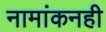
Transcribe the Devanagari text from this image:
नामांकनही